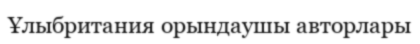
Ұлыбритания орындаушы авторлары